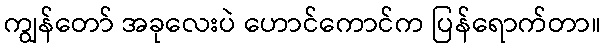
ကျွန်တော် အခုလေးပဲ ဟောင်ကောင်က ပြန်ရောက်တာ။